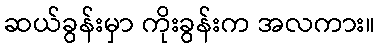
ဆယ်ခွန်းမှာ ကိုးခွန်းက အလကား။